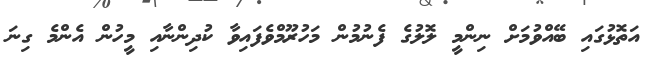
އަތޮޅުގައި ބޭއްވުމަށް ނިންމީ ލޮލުގެ ފެނުމުން މަހުރޫމްވެފައިވާ ކުދިންނާއި މީހުން އެންމެ ގިނަ